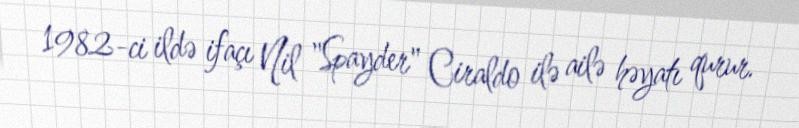
1982-ci ildə ifaçı Nil "Spayder" Ciraldo ilə ailə həyatı qurur.